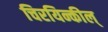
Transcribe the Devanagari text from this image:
चिरयिन्कील्